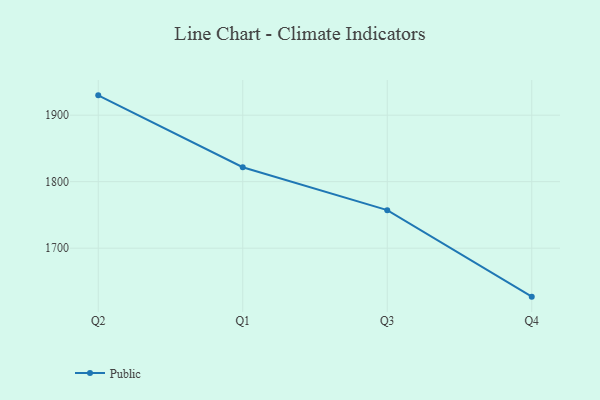
{"axis": {"x": "Quarter", "y": "Humidity (%)"}, "legend": ["Public"], "data": [{"x": "Q2", "y": 1929.8, "type": "Public"}, {"x": "Q1", "y": 1821.7, "type": "Public"}, {"x": "Q3", "y": 1757.2, "type": "Public"}, {"x": "Q4", "y": 1627.1, "type": "Public"}]}